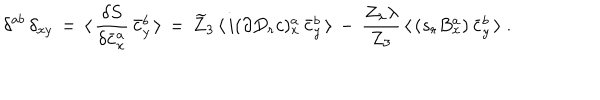
\delta ^ { a b } \, \delta _ { x y } \, = \, \langle \, \frac { \delta S } { \delta \bar { c } _ { x } ^ { a } } \, \bar { c } _ { y } ^ { b } \, \rangle \, = \, \widetilde Z _ { 3 } \, \langle \, i ( \partial D _ { r } c ) _ { x } ^ { a } \, \bar { c } _ { y } ^ { b } \, \rangle \, - \, \frac { Z _ { \lambda } \lambda } { Z _ { 3 } } \, \langle \, ( s _ { r } B _ { x } ^ { a } ) \, \bar { c } _ { y } ^ { b } \, \rangle \; .